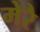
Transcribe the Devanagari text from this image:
मेरै